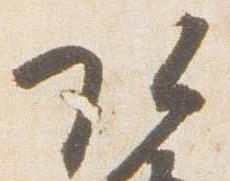
頭